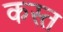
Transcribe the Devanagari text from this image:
कस्त